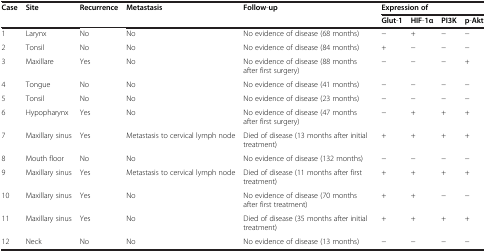
| Case | Site | Recurrence | Metastasis | Follow-up | <COLSPAN=4> Expression of |
 |  |  |  |  |  | Glut-1 | HIF-1α | PI3K | p-Akt |
 | --- | --- | --- | --- | --- | --- | --- | --- | --- |
 | 1 | Larynx | No | No | No evidence of disease (68 months) | − | + | − | − |
 | 2 | Tonsil | No | No | No evidence of disease (84 months) | + | − | − | − |
 | 3 | Maxillare | Yes | No | No evidence of disease (88 months after first surgery) | − | − | − | + |
 | 4 | Tongue | No | No | No evidence of disease (41 months) | − | − | − | − |
 | 5 | Tonsil | No | No | No evidence of disease (23 months) | − | − | − | − |
 | 6 | Hypopharynx | Yes | No | No evidence of disease (47 months after first surgery) | − | + | + | + |
 | 7 | Maxillary sinus | Yes | Metastasis to cervical lymph node | Died of disease (13 months after initial treatment) | + | + | + | + |
 | 8 | Mouth floor | No | No | No evidence of disease (132 months) | − | − | − | − |
 | 9 | Maxillary sinus | Yes | Metastasis to cervical lymph node | Died of disease (11 months after first treatment) | + | + | + | + |
 | 10 | Maxillary sinus | Yes | No | No evidence of disease (70 months after first treatment) | + | + | − | − |
 | 11 | Maxillary sinus | Yes | No | Died of disease (35 months after initial treatment) | + | + | + | + |
 | 12 | Neck | No | No | No evidence of disease (13 months) | − | − | − | − |